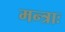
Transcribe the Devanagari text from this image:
मन्त्राः